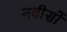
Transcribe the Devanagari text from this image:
नवीसों